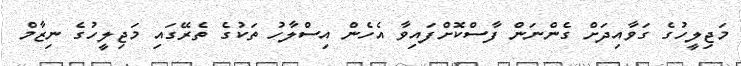
މަޖިލީހުގެ ގަވާއިދަށް ގެންނަން ފާސްކޮށްފައިވާ އެހެން އިސްލާހު ތަކުގެ ތެރޭގައި މަޖިލީހުގެ ނިޒާމް